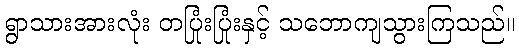
ရွာသားအားလုံး တပြုံးပြုံးနှင့် သဘောကျသွားကြသည်။